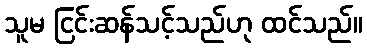
သူမ ငြင်းဆန်သင့်သည်ဟု ထင်သည်။